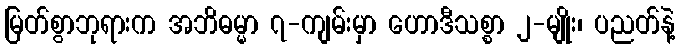
မြတ်စွာဘုရားက အဘိဓမ္မာ ၇-ကျမ်းမှာ ဟောဒီသစ္စာ ၂-မျိုး၊ ပညတ်နဲ့